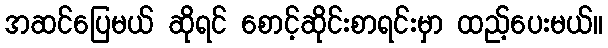
အဆင်ပြေမယ် ဆိုရင် စောင့်ဆိုင်းစာရင်းမှာ ထည့်ပေးမယ်။